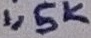
Text: 1,5K